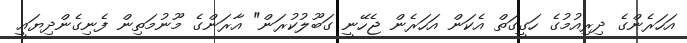
އަހަރެންގެ ދިރިއުމުގެ ހަގީގަތް އެކަން އަހަރެން ޖެހޭނީ ގަބޫލުކުރަން" އާރަންގެ މޫނުމަތިން ފެނިގެންދިޔައީ